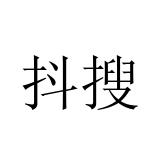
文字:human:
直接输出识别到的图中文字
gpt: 抖搜